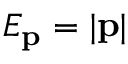
E _ { \mathbf { p } } = | \mathbf { p } |